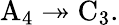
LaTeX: \mathrm{A}_{4}\twoheadrightarrow\mathrm{C}_{3}.